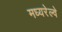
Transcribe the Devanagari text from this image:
मध्यरेल्वे